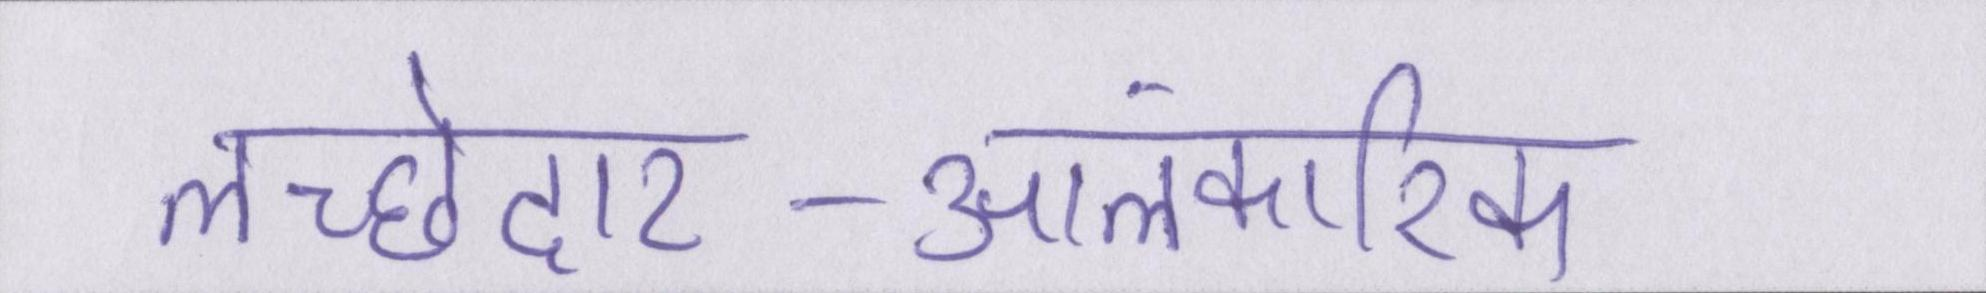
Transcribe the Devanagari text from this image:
लच्छेदार-आलंकारिक